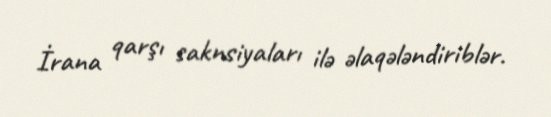
İrana qarşı saknsiyaları ilə əlaqələndiriblər.